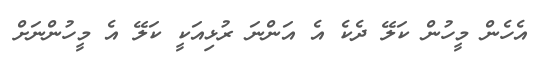
އެހެން މީހުން ކަލޭ ދެކެ އެ އަންނަ ރުޅިއަކީ ކަލޭ އެ މީހުންނަށް